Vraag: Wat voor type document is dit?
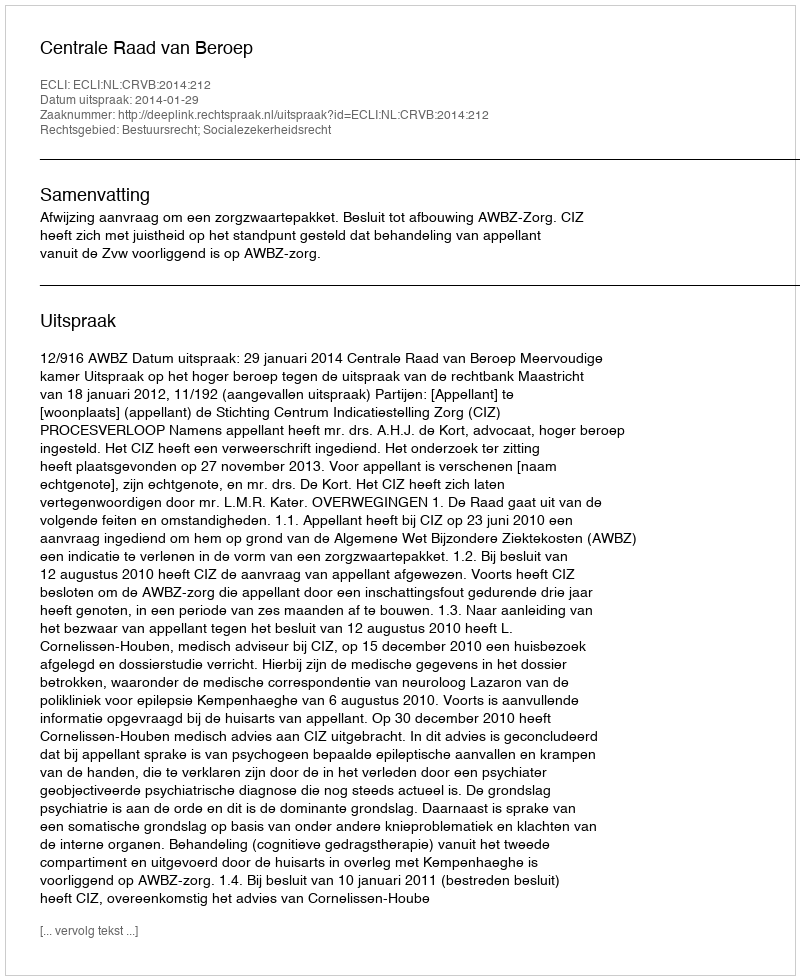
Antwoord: Uitspraak